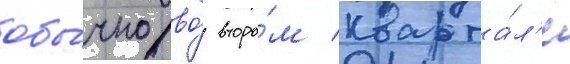
обы́чно во́ второ́м кварта́л'е